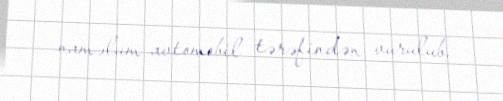
naməlum avtomobil tərəfindən vurulub.